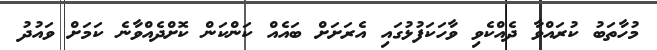
މުހާތަބު ކުރައްވާ ދެއްކެވި ވާހަކަފުޅުގައި އެރަށަށް ބައެއް ކަންކަން ކޮށްދެއްވާނެ ކަމަށް ވައުދު